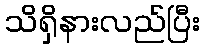
သိရှိနားလည်ပြီး